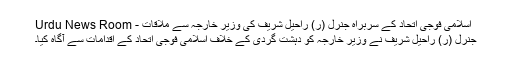
اسلامی فوجی اتحاد کے سربراہ جنرل (ر) راحیل شریف کی وزیر خارجہ سے ملاقات - Urdu News Room
جنرل (ر) راحیل شریف نے وزیر خارجہ کو دہشت گردی کے خلاف اسلامی فوجی اتحاد کے اقدامات سے آگاہ کیا۔